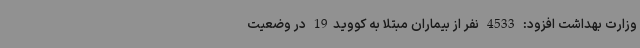
وزارت بهداشت افزود: 4533 نفر از بیماران مبتلا به کووید19 در وضعیت